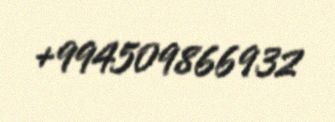
+994509866932